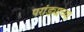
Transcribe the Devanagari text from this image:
परांड्याच्या